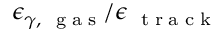
\epsilon _ { \gamma , \mathrm { ~ \tiny ~ g ~ a ~ s ~ } } / \epsilon _ { \mathrm { ~ \tiny ~ t ~ r ~ a ~ c ~ k ~ } }